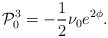
\begin{align*}{\cal P}_0^3 =-\frac{1}{2}\nu_0 e^{2\phi}.\end{align*}